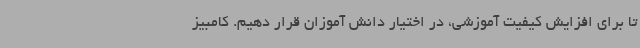
تا برای افزایش کیفیت آموزشی، در اختیار دانش آموزان قرار دهیم. کامبیز